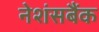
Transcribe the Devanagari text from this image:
नेशंसबैंक